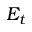
E _ { t }